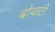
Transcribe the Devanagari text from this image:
बोथाटी